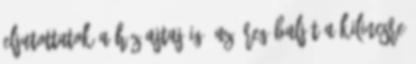
eljutottatok a ház ajtajáig. Az öreg balját a kilincsre